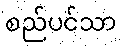
စည်ပင်သာ